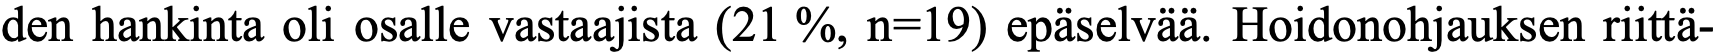
den hankinta oli osalle vastaajista (21 %, n=19) epäselvää. Hoidonohjauksen riittä-